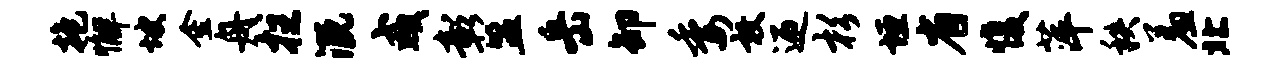
抱懈坡金舟拄溉咸彰盟岳卸委敦迎杉垣省愎萍秩羞北